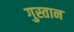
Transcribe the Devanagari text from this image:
गुस्तान